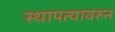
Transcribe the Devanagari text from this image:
स्थापत्यावरुन